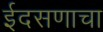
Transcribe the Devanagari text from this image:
ईदसणाचा